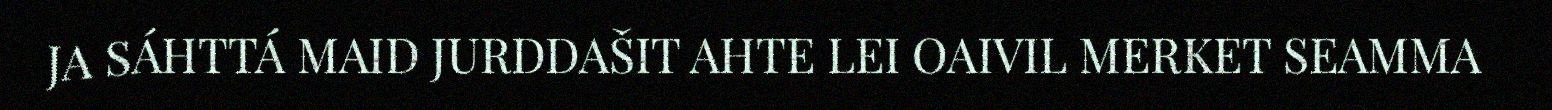
JA SÁHTTÁ MAID JURDDAŠIT AHTE LEI OAIVIL MERKET SEAMMA